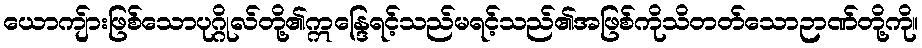
ယောကျ်ားဖြစ်သောပုဂ္ဂိုလ်တို့၏ဣန္ဒြေရင့်သည်မရင့်သည်၏အဖြစ်ကိုသိတတ်သောဉာဏ်တို့ကို။